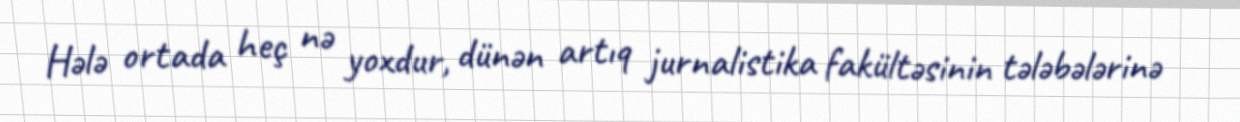
Hələ ortada heç nə yoxdur, dünən artıq jurnalistika fakültəsinin tələbələrinə